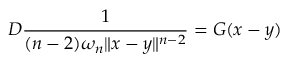
D { \frac { 1 } { ( n - 2 ) \omega _ { n } \| x - y \| ^ { n - 2 } } } = G ( x - y )